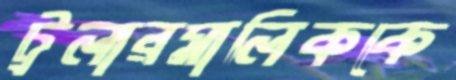
ট্রলারমালিককে